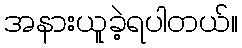
အနားယူခဲ့ရပါတယ်။